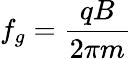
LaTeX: f_{g}={\frac{qB}{2\pi m}}